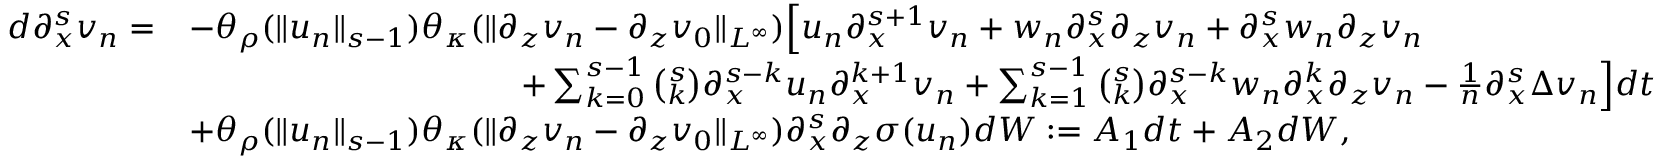
\begin{array} { r l } { d \partial _ { x } ^ { s } v _ { n } = } & { - \theta _ { \rho } ( \| u _ { n } \| _ { s - 1 } ) \theta _ { \kappa } ( \| \partial _ { z } v _ { n } - \partial _ { z } v _ { 0 } \| _ { L ^ { \infty } } ) \Big [ u _ { n } \partial _ { x } ^ { s + 1 } v _ { n } + w _ { n } \partial _ { x } ^ { s } \partial _ { z } v _ { n } + \partial _ { x } ^ { s } w _ { n } \partial _ { z } v _ { n } } \\ & { \qquad \qquad \qquad \qquad \qquad + \sum _ { k = 0 } ^ { s - 1 } \binom { s } { k } \partial _ { x } ^ { s - k } u _ { n } \partial _ { x } ^ { k + 1 } v _ { n } + \sum _ { k = 1 } ^ { s - 1 } \binom { s } { k } \partial _ { x } ^ { s - k } w _ { n } \partial _ { x } ^ { k } \partial _ { z } v _ { n } - \frac 1 n \partial _ { x } ^ { s } \Delta v _ { n } \Big ] d t } \\ & { + \theta _ { \rho } ( \| u _ { n } \| _ { s - 1 } ) \theta _ { \kappa } ( \| \partial _ { z } v _ { n } - \partial _ { z } v _ { 0 } \| _ { L ^ { \infty } } ) \partial _ { x } ^ { s } \partial _ { z } \sigma ( u _ { n } ) d W : = A _ { 1 } d t + A _ { 2 } d W , } \end{array}